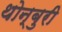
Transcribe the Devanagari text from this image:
थोन्बुरी